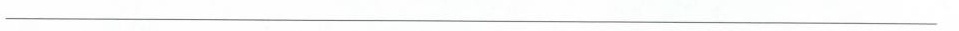
___